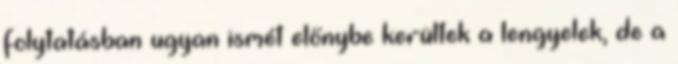
folytatásban ugyan ismét előnybe kerültek a lengyelek, de a